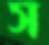
স